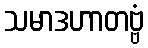
သမာဒဟာတဗ္ဗံ